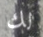
لك